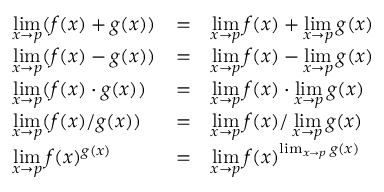
{ \begin{array} { l c l } { \displaystyle \operatorname* { l i m } _ { x \to p } ( f ( x ) + g ( x ) ) } & { = } & { \displaystyle \operatorname* { l i m } _ { x \to p } f ( x ) + \operatorname* { l i m } _ { x \to p } g ( x ) } \\ { \displaystyle \operatorname* { l i m } _ { x \to p } ( f ( x ) - g ( x ) ) } & { = } & { \displaystyle \operatorname* { l i m } _ { x \to p } f ( x ) - \operatorname* { l i m } _ { x \to p } g ( x ) } \\ { \displaystyle \operatorname* { l i m } _ { x \to p } ( f ( x ) \cdot g ( x ) ) } & { = } & { \displaystyle \operatorname* { l i m } _ { x \to p } f ( x ) \cdot \operatorname* { l i m } _ { x \to p } g ( x ) } \\ { \displaystyle \operatorname* { l i m } _ { x \to p } ( f ( x ) / g ( x ) ) } & { = } & { \displaystyle { \operatorname* { l i m } _ { x \to p } f ( x ) / \operatorname* { l i m } _ { x \to p } g ( x ) } } \\ { \displaystyle \operatorname* { l i m } _ { x \to p } f ( x ) ^ { g ( x ) } } & { = } & { \displaystyle { \operatorname* { l i m } _ { x \to p } f ( x ) ^ { \operatorname* { l i m } _ { x \to p } g ( x ) } } } \end{array} }